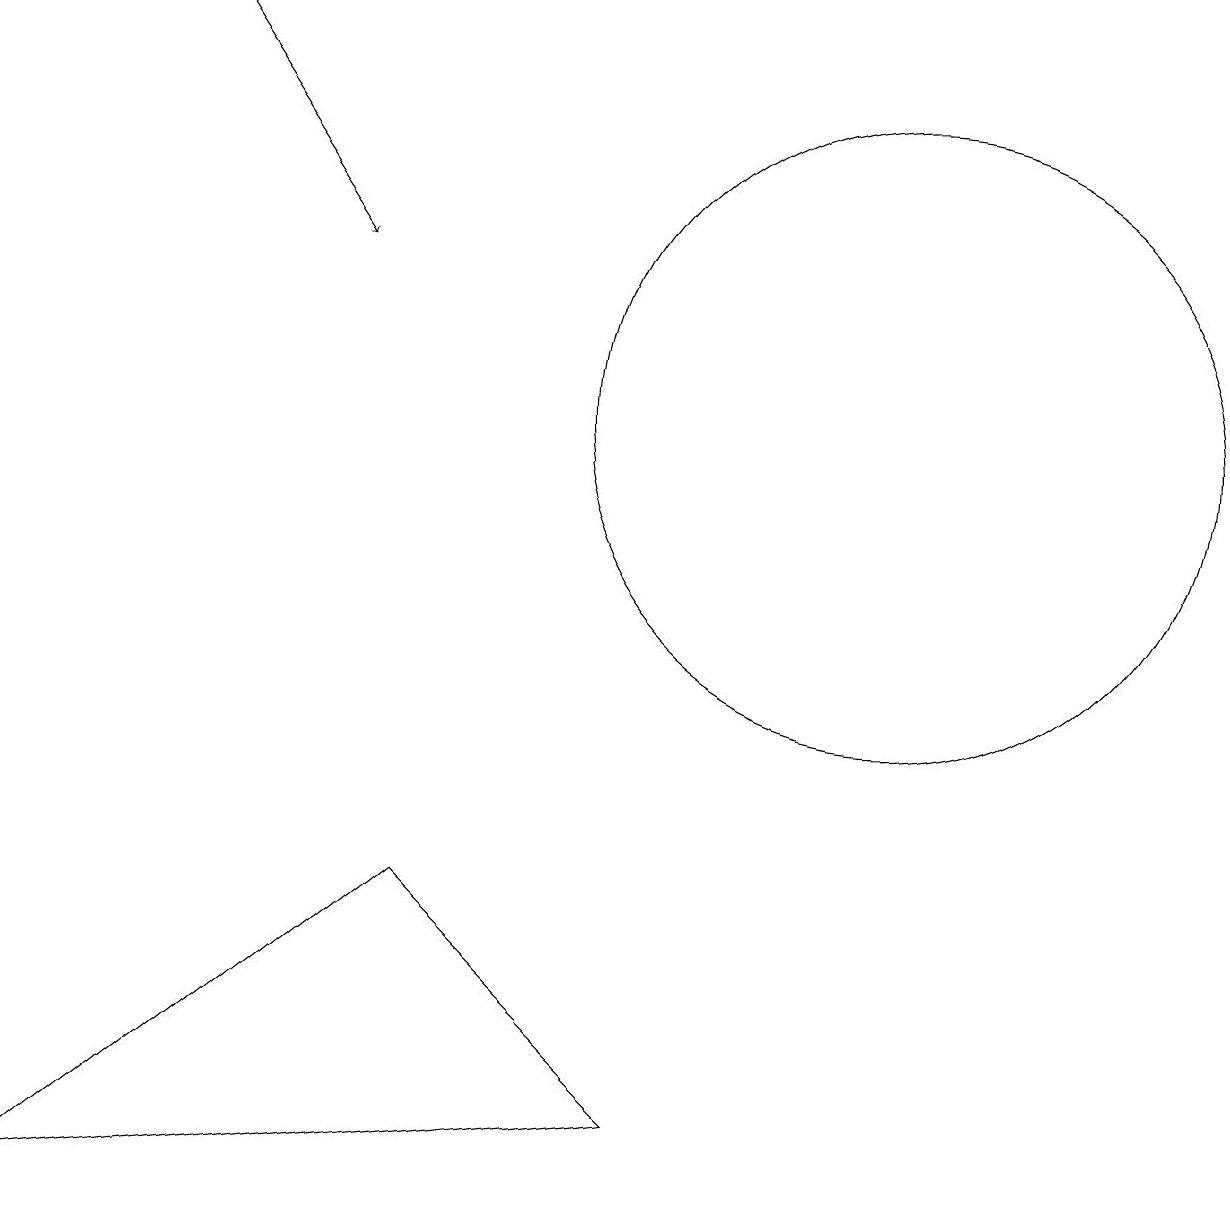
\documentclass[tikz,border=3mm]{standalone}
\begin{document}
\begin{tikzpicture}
\draw[->] (2,15) -- (4,12);
\draw (0,0) -- (5,4) -- (8,1) -- cycle;
\draw (11,10) circle (4);
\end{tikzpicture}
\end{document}